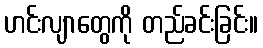
ဟင်းလျာတွေကို တည်ခင်းခြင်း။